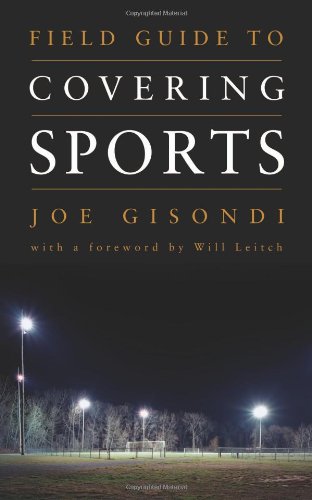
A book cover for Field Guide to Covering Sports; Joe Gisondi; Sports & Outdoors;